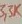
Text: 3,3K